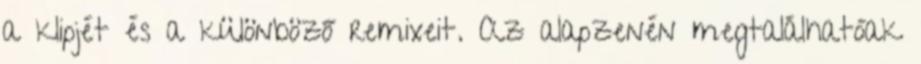
a klipjét és a különböző remixeit. Az alapzenén megtalálhatóak